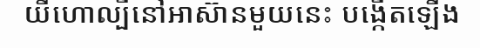
យីហោល្បីនៅអាស៊ានមួយនេះ បង្កើតឡើង